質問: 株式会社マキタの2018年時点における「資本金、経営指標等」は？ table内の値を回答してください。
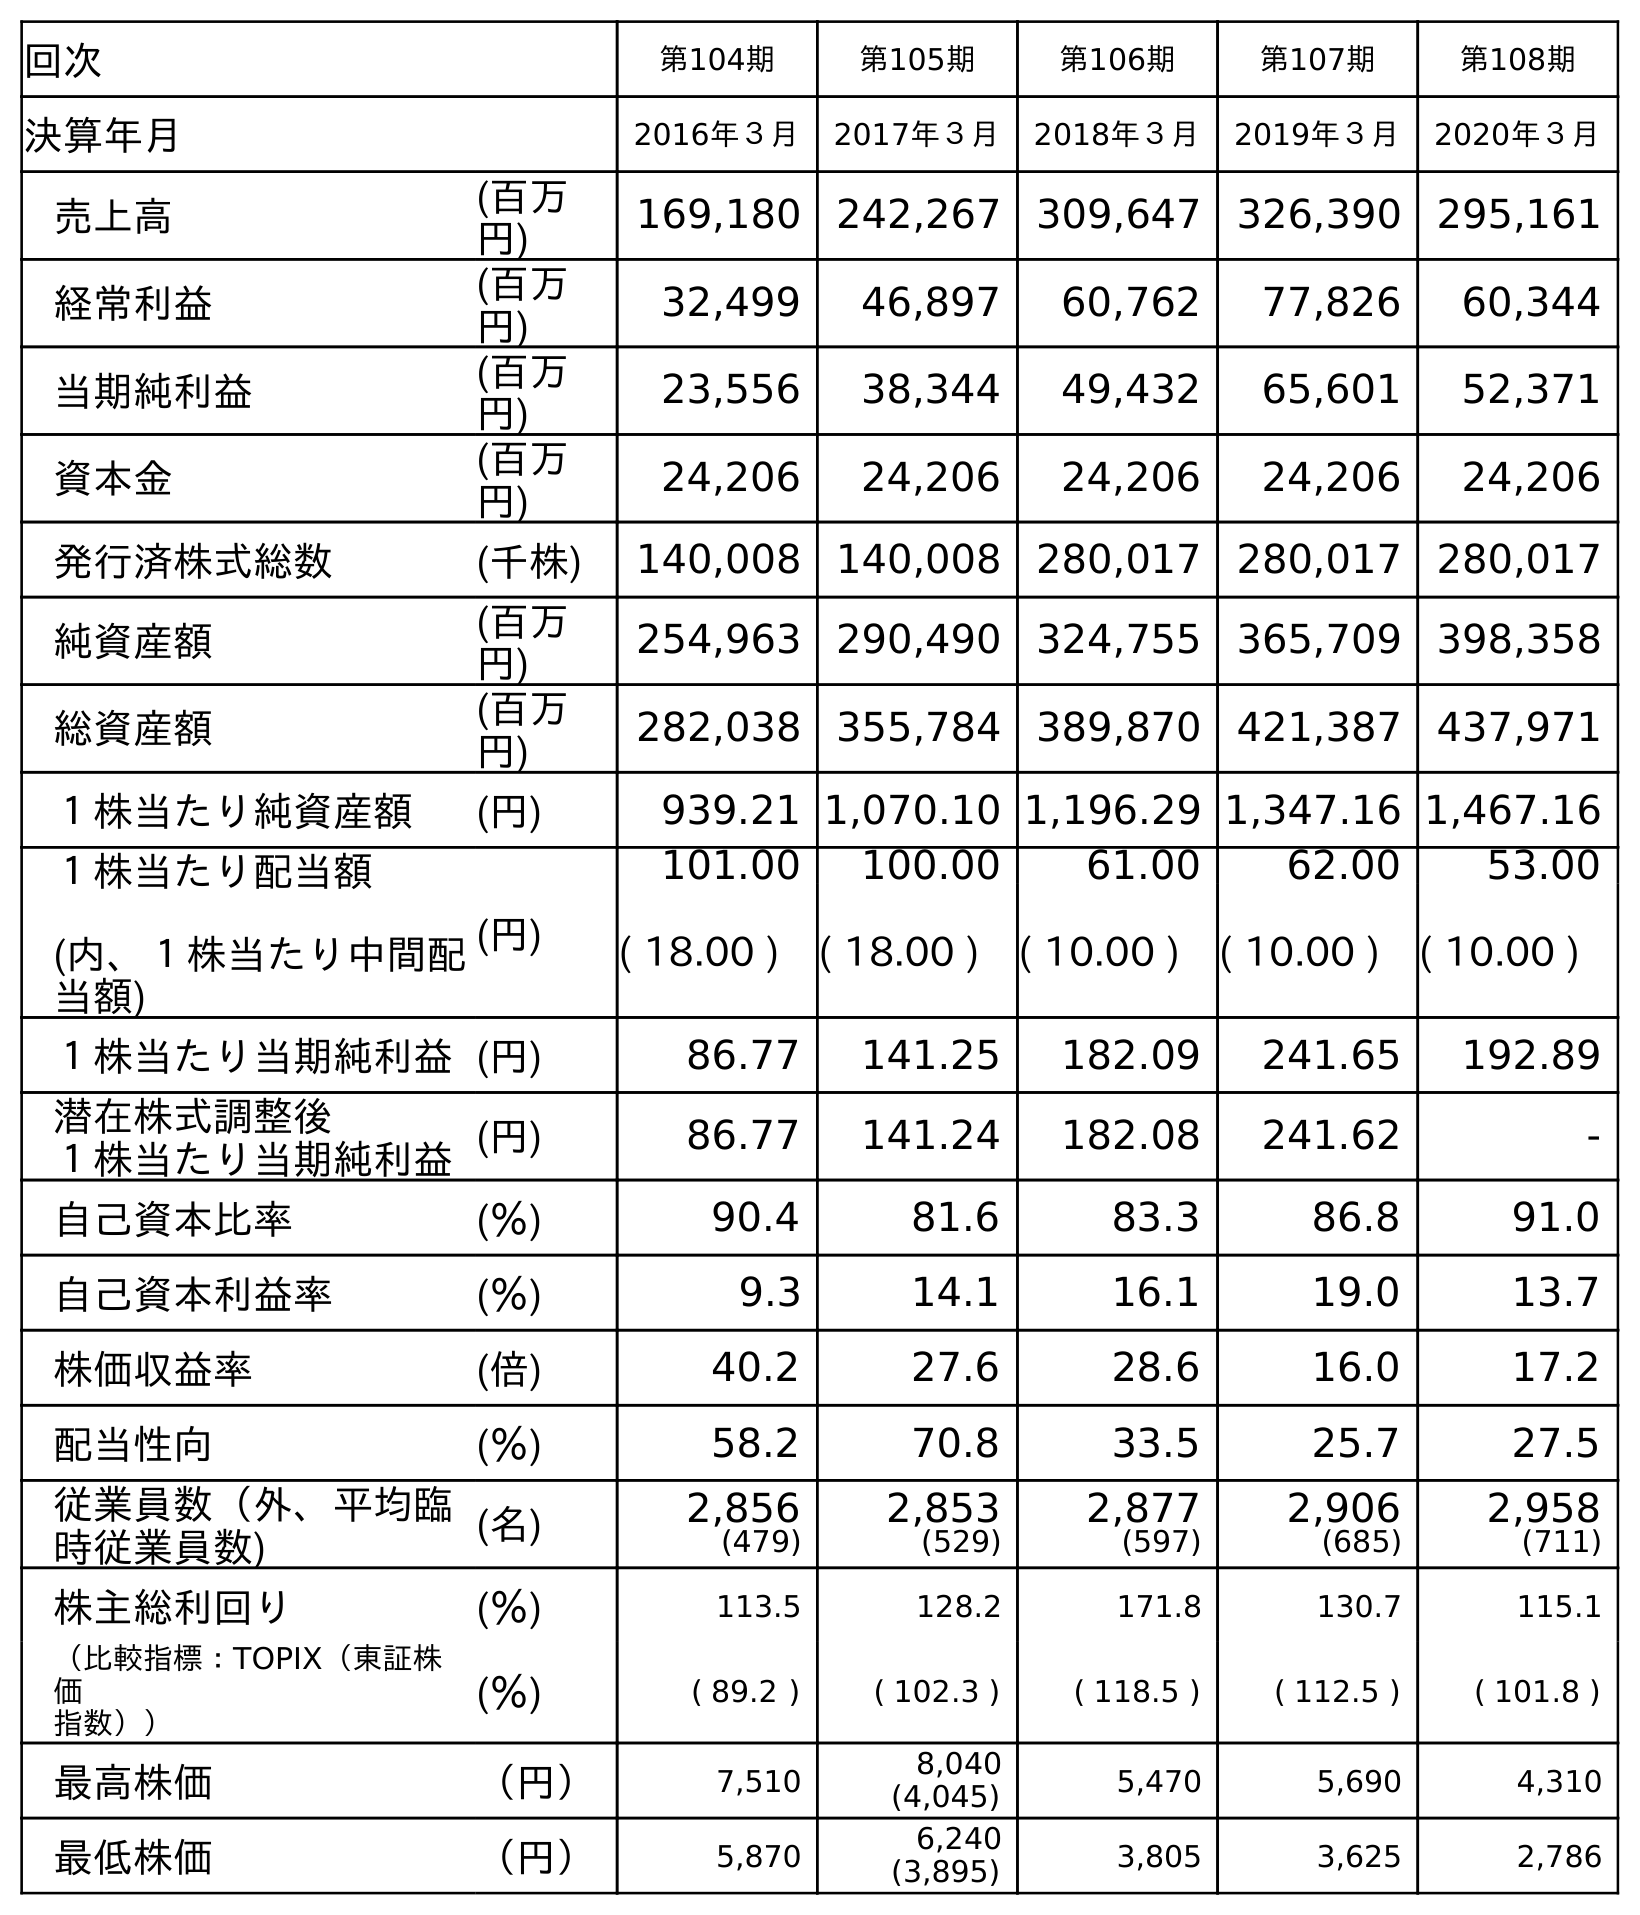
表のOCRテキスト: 回次 第104期 第105期 第106期 第107期 第108期 決算年月 2016年３月 2017年３月 2018年３月 2019年３月 2020年３月 売上高 (百万 円) 169,180 242,267 309,647 326,390 295,161 経常利益 (百万 円) 32,499 46,897 60,762 77,826 60,344 当期純利益 (百万 円) 23,556 38,344 49,432 65,601 52,371 資本金 (百万 円) 24,206 24,206 24,206 24,206 24,206 発行済株式総数 (千株) 140,008 140,008 280,017 280,017 280,017 純資産額 (百万 円) 254,963 290,490 324,755 365,709 398,358 総資産額 (百万 円) 282,038 355,784 389,870 421,387 437,971 １株当たり純資産額 (円) 939.21 1,070.10 1,196.29 1,347.16 1,467.16 １株当たり配当額 (内、１株当たり中間配 当額) (円) 101.00 100.00 61.00 62.00 53.00 ( 18.00 ) ( 18.00 ) ( 10.00 ) ( 10.00 ) ( 10.00 ) １株当たり当期純利益(円) 86.77 141.25 182.09 241.65 192.89 潜在株式調整後 １株当たり当期純利益(円) 86.77 141.24 182.08 241.62 - 自己資本比率 (％) 90.4 81.6 83.3 86.8 91.0 自己資本利益率 (％) 9.3 14.1 16.1 19.0 13.7 株価収益率 (倍) 40.2 27.6 28.6 16.0 17.2 配当性向 (％) 58.2 70.8 33.5 25.7 27.5 従業員数（外、平均臨 時従業員数) (名) 2,856 (479) 2,853 (529) 2,877 (597) 2,906 (685) 2,958 (711) 株主総利回り (％) 113.5 128.2 171.8 130.7 115.1 （比較指標：TOPIX（東証株 価 指数）） (％) ( 89.2 ) ( 102.3 ) ( 118.5 ) ( 112.5 ) ( 101.8 ) 最高株価 （円） 7,510 8,040 (4,045) 5,470 5,690 4,310 最低株価 （円） 5,870 6,240 (3,895) 3,805 3,625 2,786
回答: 24,206